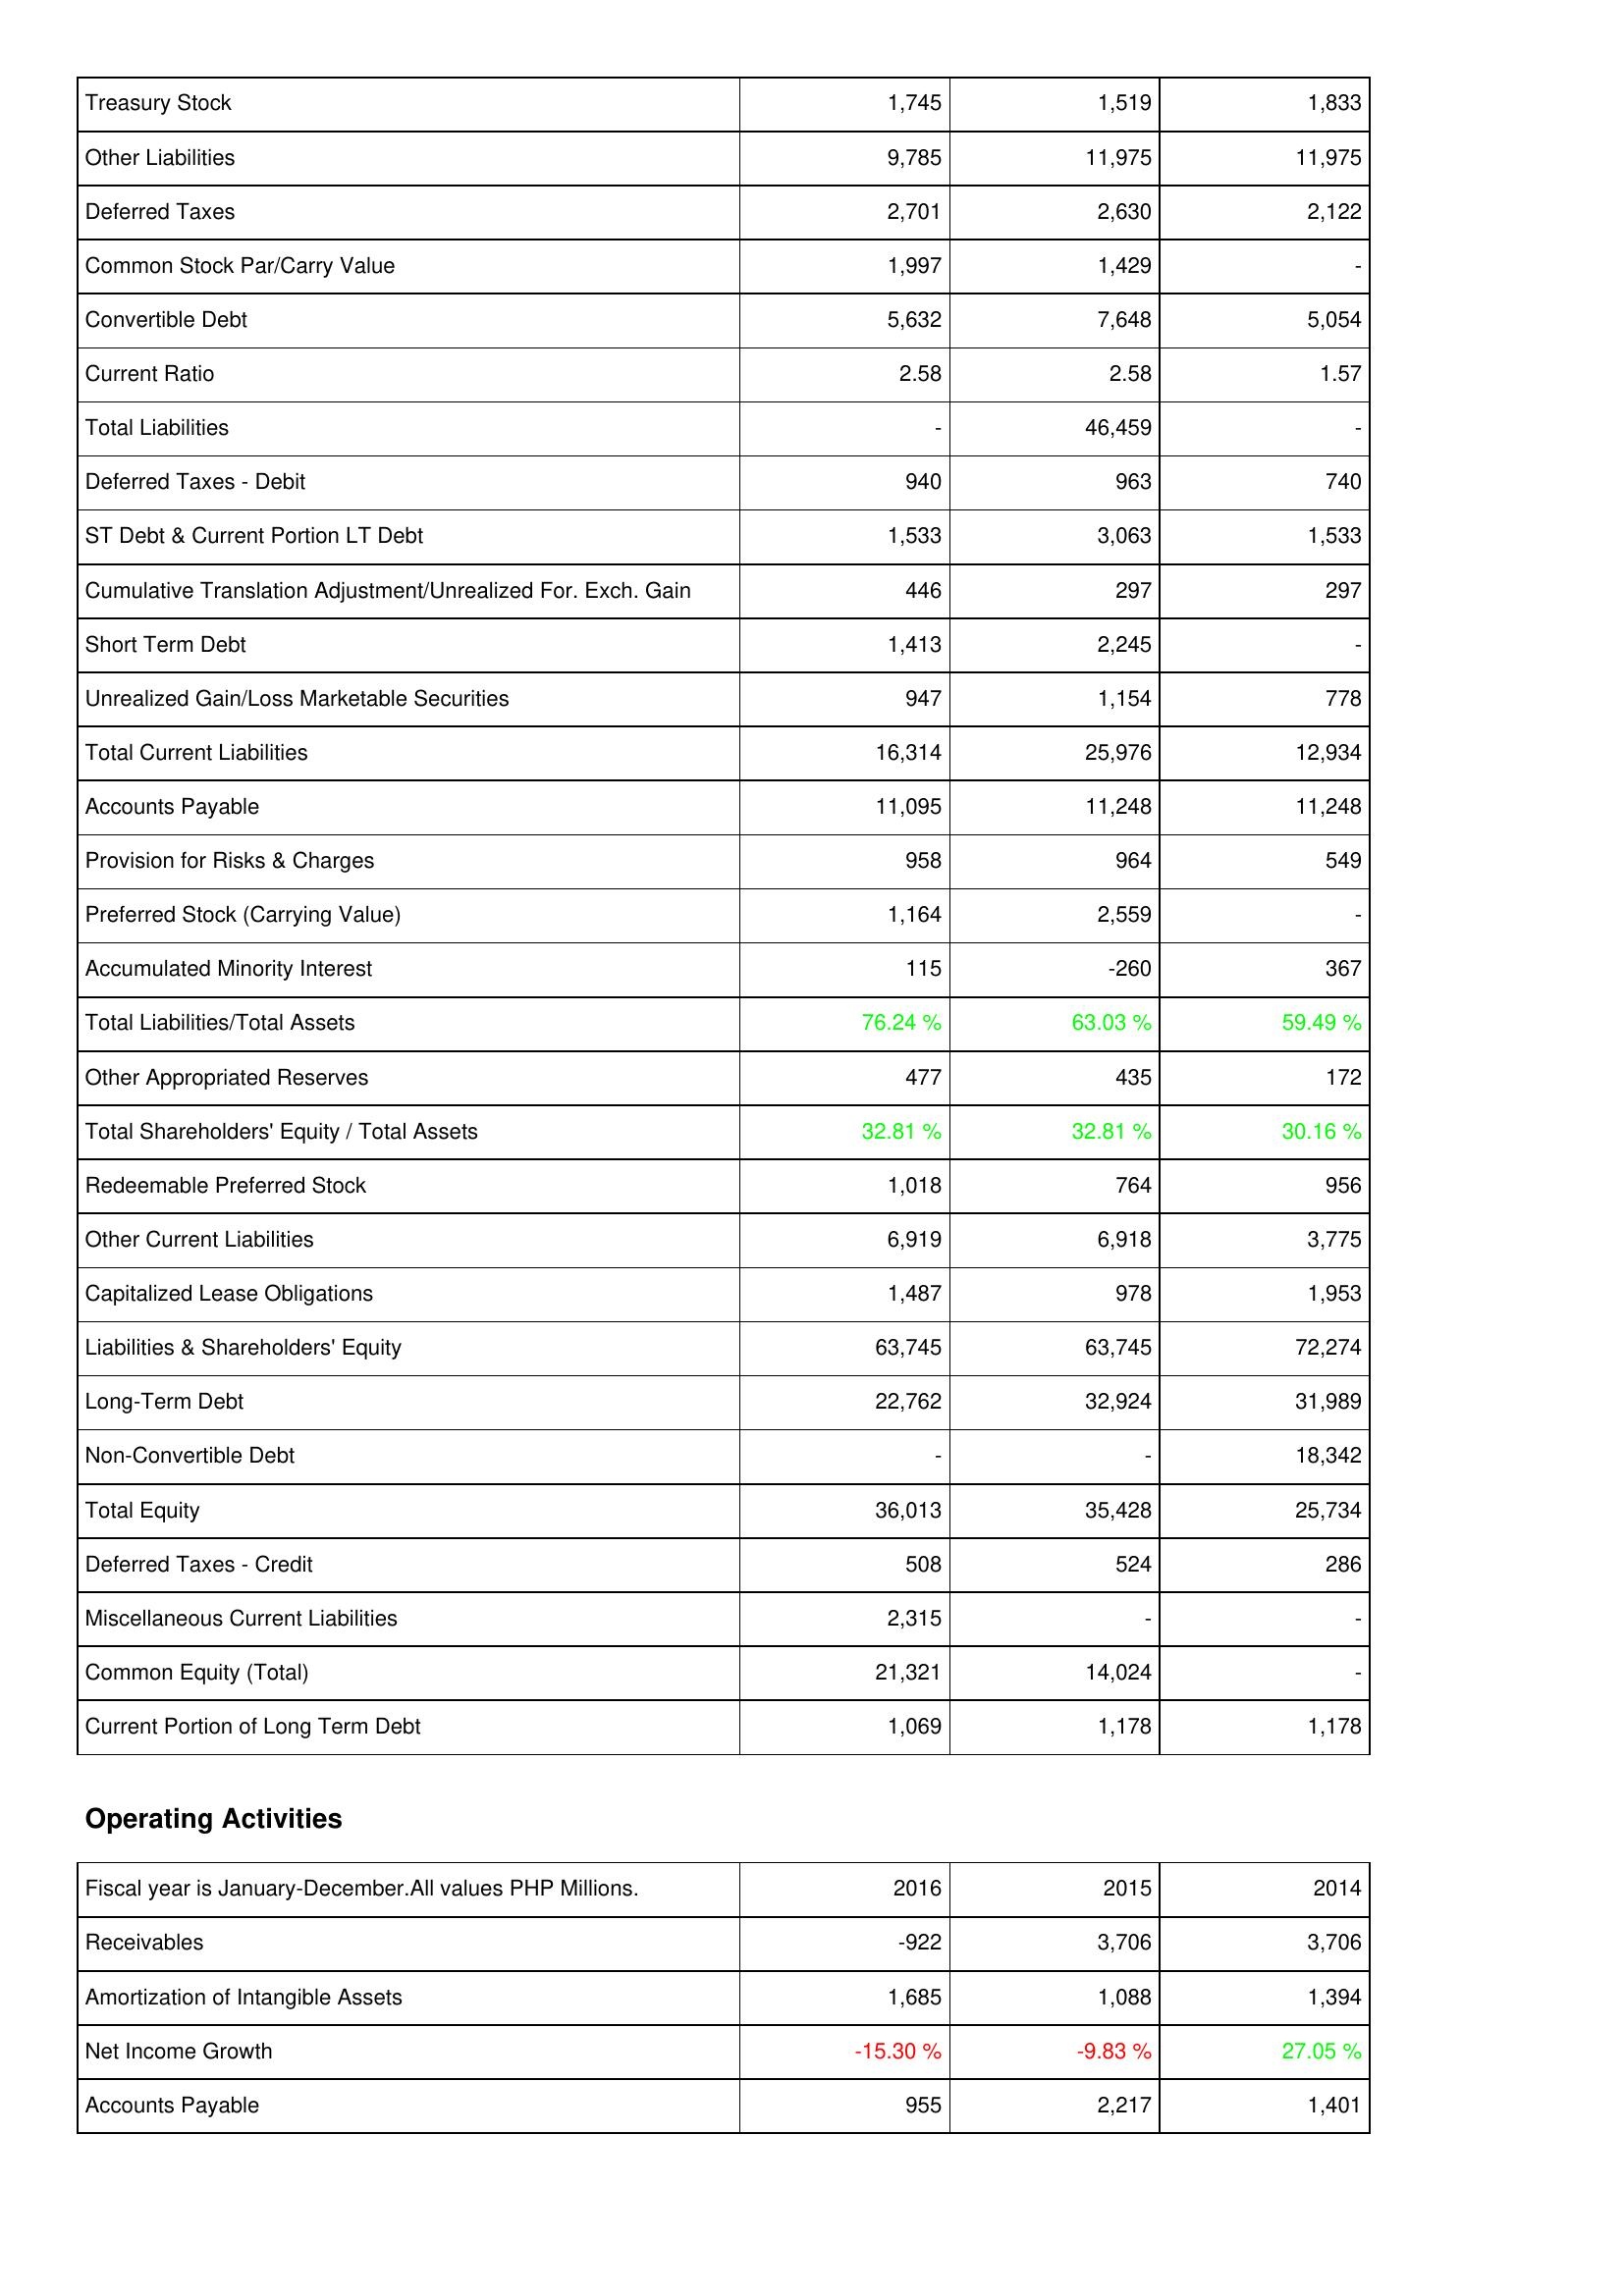
2016: Liabilities & Shareholders' Equity: Treasury Stock: 1,745
Other Liabilities: 9,785
Deferred Taxes: 2,701
Common Stock Par/Carry Value: 1,997
Convertible Debt: 5,632
Current Ratio: 2.58
Total Liabilities: -
Deferred Taxes - Debit: 940
ST Debt & Current Portion LT Debt: 1,533
Cumulative Translation Adjustment/Unrealized For. Exch. Gain: 446
Short Term Debt: 1,413
Unrealized Gain/Loss Marketable Securities: 947
Total Current Liabilities: 16,314
Accounts Payable: 11,095
Provision for Risks & Charges: 958
Preferred Stock (Carrying Value): 1,164
Accumulated Minority Interest: 115
Total Liabilities/Total Assets: 76.24 %
Other Appropriated Reserves: 477
Total Shareholders' Equity / Total Assets: 32.81 %
Redeemable Preferred Stock: 1,018
Other Current Liabilities: 6,919
Capitalized Lease Obligations: 1,487
Liabilities & Shareholders' Equity: 63,745
Long-Term Debt: 22,762
Non-Convertible Debt: -
Total Equity: 36,013
Deferred Taxes - Credit: 508
Miscellaneous Current Liabilities: 2,315
Common Equity (Total): 21,321
Current Portion of Long Term Debt: 1,069
Operating Activities: Receivables: -922
Amortization of Intangible Assets: 1,685
Net Income Growth: -15.30 %
Accounts Payable: 955
2015: Liabilities & Shareholders' Equity: Treasury Stock: 1,519
Other Liabilities: 11,975
Deferred Taxes: 2,630
Common Stock Par/Carry Value: 1,429
Convertible Debt: 7,648
Current Ratio: 2.58
Total Liabilities: 46,459
Deferred Taxes - Debit: 963
ST Debt & Current Portion LT Debt: 3,063
Cumulative Translation Adjustment/Unrealized For. Exch. Gain: 297
Short Term Debt: 2,245
Unrealized Gain/Loss Marketable Securities: 1,154
Total Current Liabilities: 25,976
Accounts Payable: 11,248
Provision for Risks & Charges: 964
Preferred Stock (Carrying Value): 2,559
Accumulated Minority Interest: -260
Total Liabilities/Total Assets: 63.03 %
Other Appropriated Reserves: 435
Total Shareholders' Equity / Total Assets: 32.81 %
Redeemable Preferred Stock: 764
Other Current Liabilities: 6,918
Capitalized Lease Obligations: 978
Liabilities & Shareholders' Equity: 63,745
Long-Term Debt: 32,924
Non-Convertible Debt: -
Total Equity: 35,428
Deferred Taxes - Credit: 524
Miscellaneous Current Liabilities: -
Common Equity (Total): 14,024
Current Portion of Long Term Debt: 1,178
Operating Activities: Receivables: 3,706
Amortization of Intangible Assets: 1,088
Net Income Growth: -9.83 %
Accounts Payable: 2,217
2014: Liabilities & Shareholders' Equity: Treasury Stock: 1,833
Other Liabilities: 11,975
Deferred Taxes: 2,122
Common Stock Par/Carry Value: -
Convertible Debt: 5,054
Current Ratio: 1.57
Total Liabilities: -
Deferred Taxes - Debit: 740
ST Debt & Current Portion LT Debt: 1,533
Cumulative Translation Adjustment/Unrealized For. Exch. Gain: 297
Short Term Debt: -
Unrealized Gain/Loss Marketable Securities: 778
Total Current Liabilities: 12,934
Accounts Payable: 11,248
Provision for Risks & Charges: 549
Preferred Stock (Carrying Value): -
Accumulated Minority Interest: 367
Total Liabilities/Total Assets: 59.49 %
Other Appropriated Reserves: 172
Total Shareholders' Equity / Total Assets: 30.16 %
Redeemable Preferred Stock: 956
Other Current Liabilities: 3,775
Capitalized Lease Obligations: 1,953
Liabilities & Shareholders' Equity: 72,274
Long-Term Debt: 31,989
Non-Convertible Debt: 18,342
Total Equity: 25,734
Deferred Taxes - Credit: 286
Miscellaneous Current Liabilities: -
Common Equity (Total): -
Current Portion of Long Term Debt: 1,178
Operating Activities: Receivables: 3,706
Amortization of Intangible Assets: 1,394
Net Income Growth: 27.05 %
Accounts Payable: 1,401